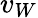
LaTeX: v_{W}